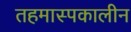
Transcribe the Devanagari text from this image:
तहमास्पकालीन